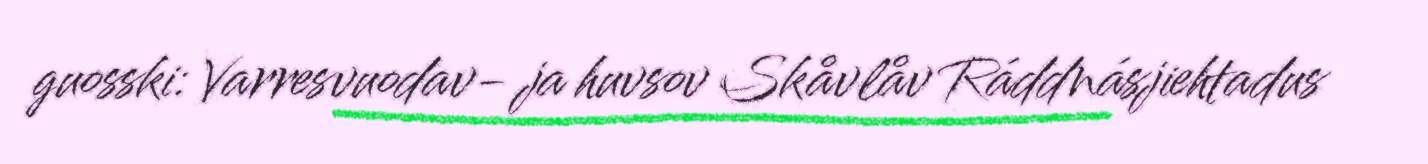
guosski: Varresvuodav- ja huvsov Skåvlåv Ráddnásjiehtadus